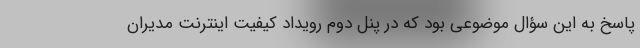
پاسخ به این سؤال موضوعی بود که در پنل دوم رویداد کیفیت اینترنت مدیران